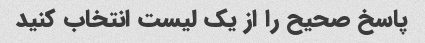
پاسخ صحیح را از یک لیست انتخاب کنید